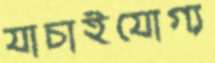
যাচাইযোগ্য